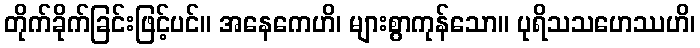
တိုက်ခိုက်ခြင်းဖြင့်ပင်။ အနေကေဟိ၊ များစွာကုန်သော။ ပုရိသသဟေဿဟိ၊